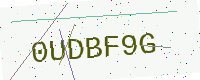
Text: 0UDBF9G